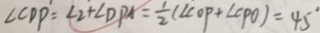
\angle C D P = \angle 2 + \angle D P A = \frac { 1 } { 2 } ( \angle C O P + \angle C P O ) = 4 5 ^ { \circ }